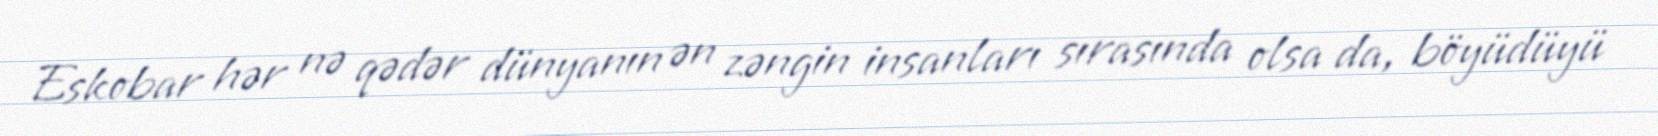
Eskobar hər nə qədər dünyanın ən zəngin insanları sırasında olsa da, böyüdüyü